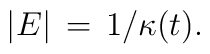
|E | \, = \, 1/\kappa(t).